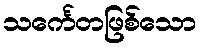
သင်္ကေတဖြစ်သော